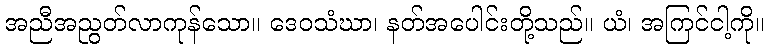
အညီအညွတ်လာကုန်သော။ ဒေဝသံဃာ၊ နတ်အပေါင်းတို့သည်။ ယံ၊ အကြင်ငါ့ကို။